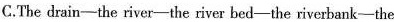
C.The drain-the river-the river bed-the riverhank-the